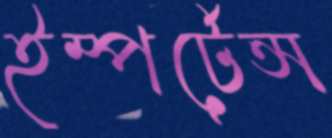
ইম্পর্টেন্স